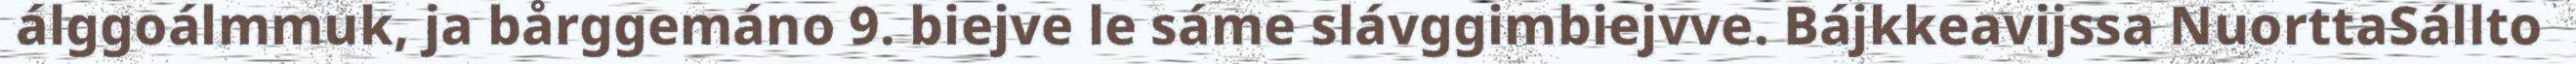
álggoálmmuk, ja bårggemáno 9. biejve le sáme slávggimbiejvve. Bájkkeavijssa NuorttaSállto